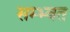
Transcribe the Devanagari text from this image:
सम्भ्वत